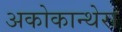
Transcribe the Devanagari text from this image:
अकोकान्थेरा